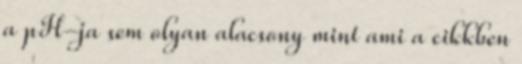
a pH-ja sem olyan alacsony mint ami a cikkben